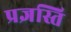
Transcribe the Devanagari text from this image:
प्रज्ञस्ति